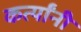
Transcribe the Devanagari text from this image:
कर्त्यांनी